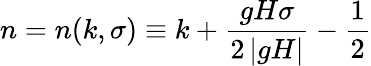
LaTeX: n=n(k,\sigma)\equiv k+\frac{gH\sigma}{2\left|gH\right|}-\frac{1}{2}